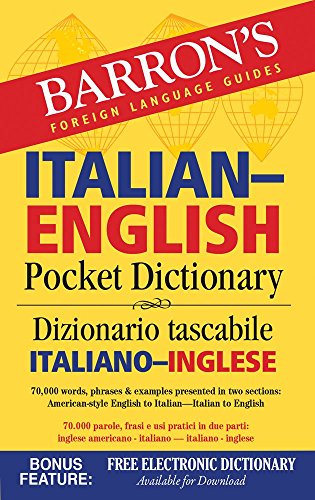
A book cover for Barron's Italian-English Pocket Dictionary: 70,000 words, phrases & examples presented in two sections: American style English to Italian -- Italian to English (Barron's Pocket Bilingual Dictionaries); Travel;